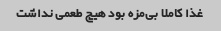
غذا کاملا بی‌مزه بود هیچ طعمی نداشت